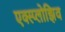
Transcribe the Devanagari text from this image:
एक्स्प्लोझिव